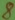
Text: 8